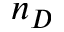
n _ { D }